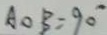
A O B = 9 0 ^ { \circ }